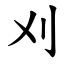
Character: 刈